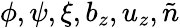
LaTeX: \phi,\psi,\xi,b_{z},u_{z},\tilde{n}